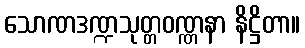
သောဏဒဏ္ဍသုတ္တဝဏ္ဏနာ နိဋ္ဌိတာ။